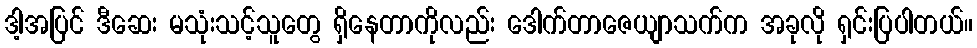
ဒါ့အပြင် ဒီဆေး မသုံးသင့်သူတွေ ရှိနေတာကိုလည်း ဒေါက်တာဇေယျာသက်က အခုလို ရှင်းပြပါတယ်။